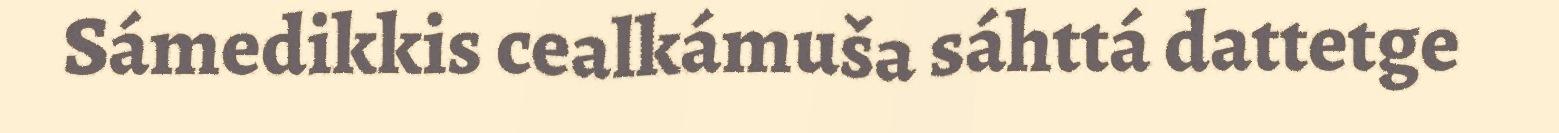
Sámedikkis cealkámuša sáhttá dattetge